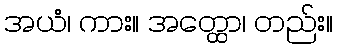
အယံ၊ ကား။ အတ္ထော၊ တည်း။